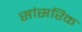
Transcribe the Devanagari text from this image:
सांसरिक